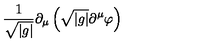
\frac { 1 } { \sqrt { | g | } } \partial _ { \mu } \left( \sqrt { | g | } \partial ^ { \mu } \varphi \right)